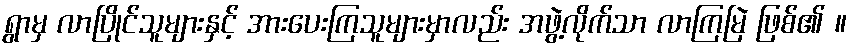
ရွာမှ လာပြိုင်သူများနှင့် အားပေးကြသူများမှာလည်း အဖွဲ့လိုက်သာ လာကြမြဲ ဖြစ်၏ ။